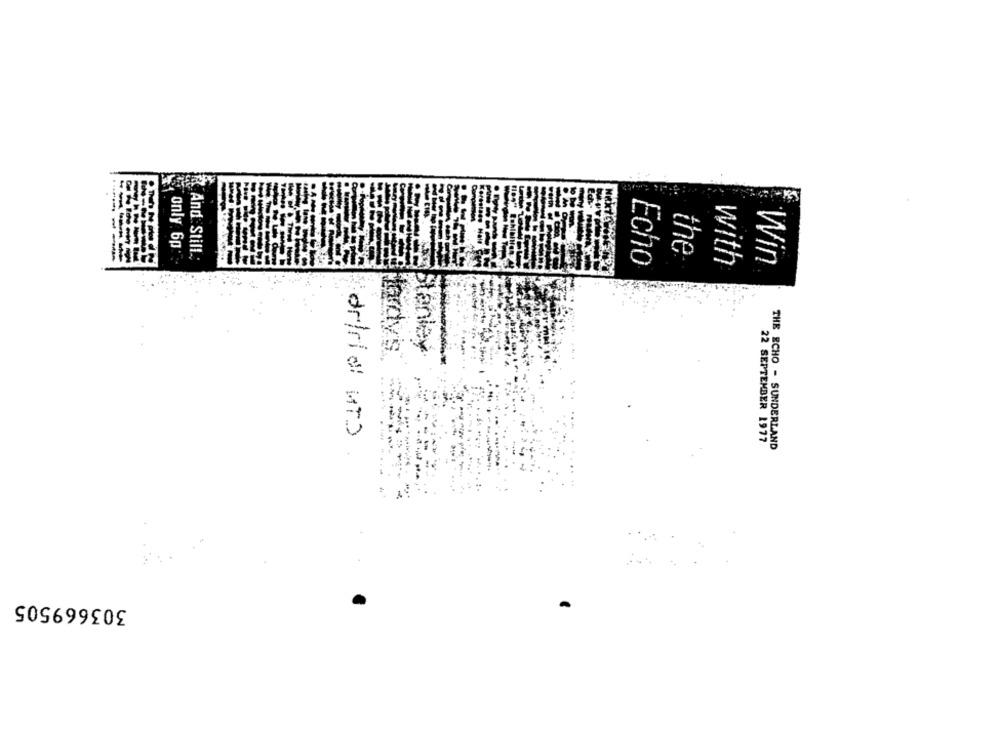
........
only 6p
And Still .:
the
Echo
with
Win
Stanley
fordy's ..
delrio! MT)
22 SEPTEMBER 1977
THE ECHO - SUNDERLAND
303669505